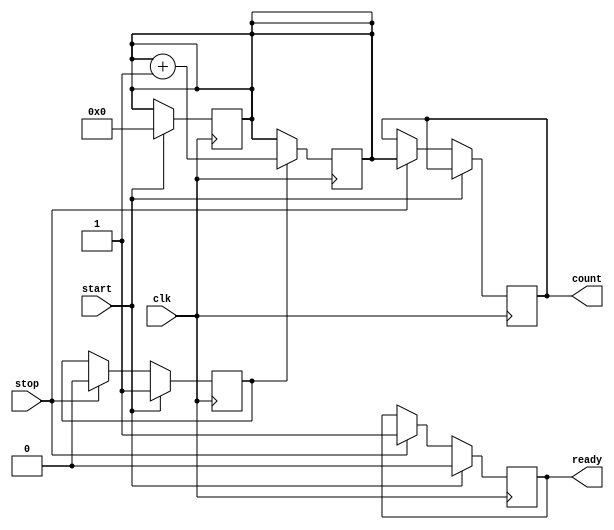
module TDC (
    input wire clk,            // High-frequency clock input
    input wire start,          // Start signal
    input wire stop,           // Stop signal
    output reg [15:0] count,   // Output count value (16-bit)
    output reg ready           // Ready signal to indicate measurement completion
);

    reg [15:0] counter;        // Internal counter
    reg measuring;             // State to indicate if measuring is active

    // Clock generator (for simulation purposes, using the input clock)
    always @(posedge clk) begin
        if (measuring) begin
            counter <= counter + 1; // Increment counter on each clock cycle
        end
    end

    // Measurement control
    always @(posedge clk) begin
        if (start) begin
            counter <= 0;          // Reset counter on start signal
            measuring <= 1;        // Start measuring
            ready <= 0;            // Not ready until measurement is complete
        end else if (stop) begin
            measuring <= 0;        // Stop measuring
            count <= counter;      // Capture the count value
            ready <= 1;            // Indicate measurement is complete
        end
    end

    // Optional: Digital Calibration Unit can be added here

endmodule